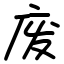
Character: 废